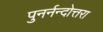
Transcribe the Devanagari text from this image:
पुनर्नन्दोत्तरा